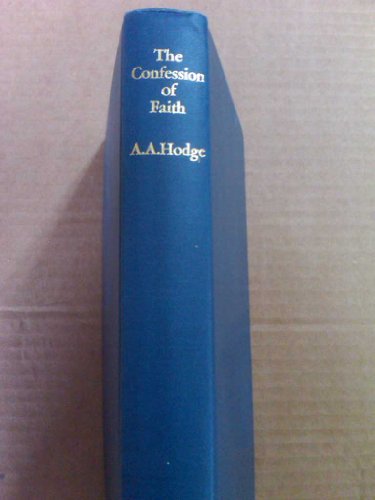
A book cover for The Confession of Faith: A Handbook of Christian Doctrine; A. A. Hodge; Christian Books & Bibles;